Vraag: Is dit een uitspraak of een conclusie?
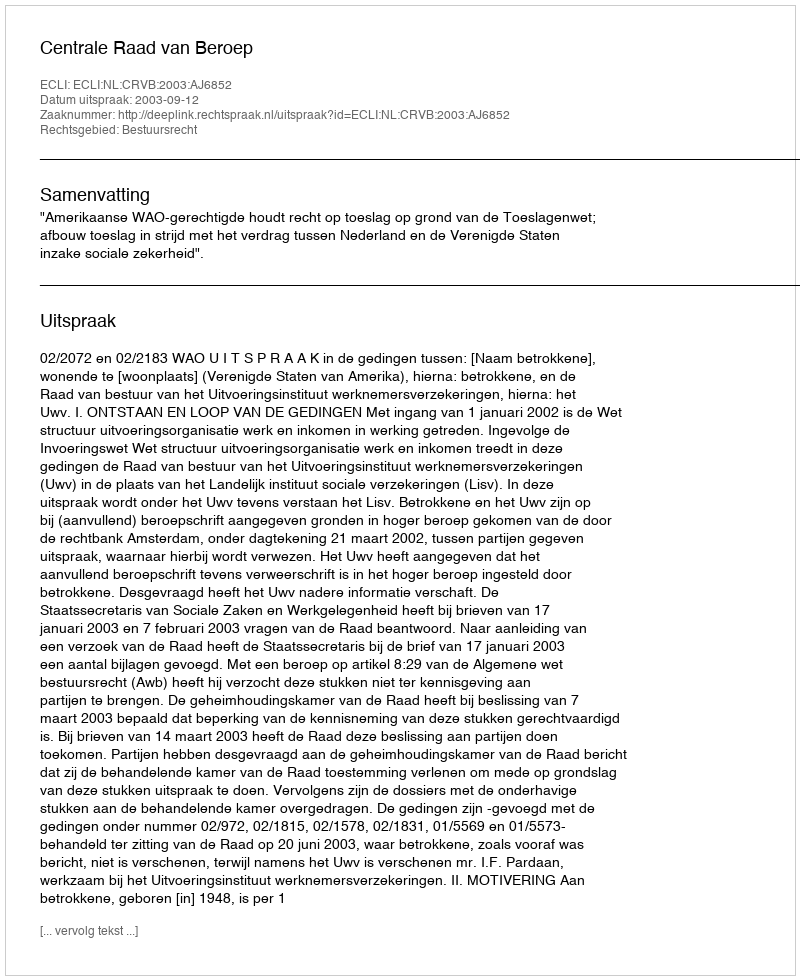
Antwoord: Uitspraak